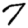
Digit: 7